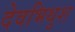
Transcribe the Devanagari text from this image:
देवभिथुश